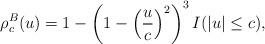
LaTeX: \begin{align*}\rho^{B}_{c}(u)=1-\left(1-\left(\frac{u}{c}\right)^{2}\right)^{3}I(\vert u \vert \leq c),\end{align*}